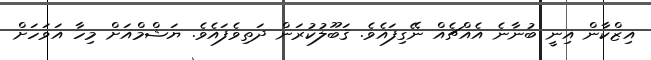
އިޒްކާން އިނީ ބުނާނެ އެއްޗެއް ނޭގިފައެވެ. ޤަބޫލުކުރަން ދަތިވެފައެވެ. ޔަޝްމްއަށް މިހާ އަވަހަށް